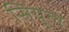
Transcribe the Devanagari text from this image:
सियूल